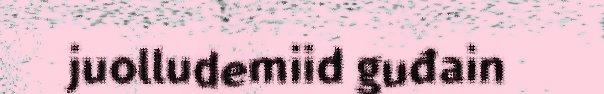
juolludemiid guđain